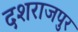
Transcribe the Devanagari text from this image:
दशराजपुर